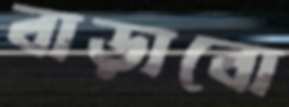
বাড়াবো